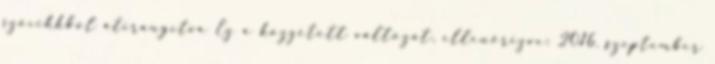
szócikkből átirányítva Ez a közzétett változat, ellenőrizve: 2016. szeptember